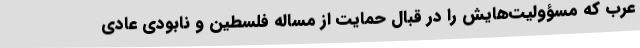
عرب که مسؤولیت‌هایش را در قبال حمایت از مساله فلسطین و نابودی عادی